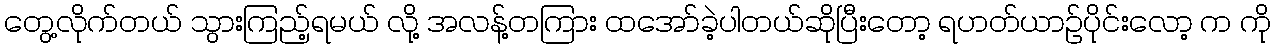
တွေ့လိုက်တယ် သွားကြည့်ရမယ် လို့ အလန့်တကြား ထအော်ခဲ့ပါတယ်ဆိုပြီးတော့ ရဟတ်ယာဉ်ပိုင်းလော့ က ကို